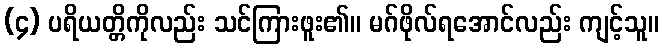
(၄) ပရိယတ္တိကိုလည်း သင်ကြားဖူး၏။ မဂ်ဖိုလ်ရအောင်လည်း ကျင့်သူ။